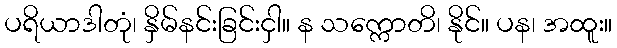
ပရိယာဒါတုံ၊ နှိမ်နင်းခြင်းငှါ။ န သက္ကောတိ၊ နိုင်။ ပန၊ အထူး။